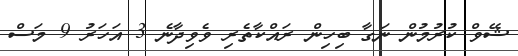
ޝޭވް ކުރުމުން ނަގާ ބިހިން ރައްކާތެރި ވެވިދާނެ 3 އަހަރު 9 މަސް